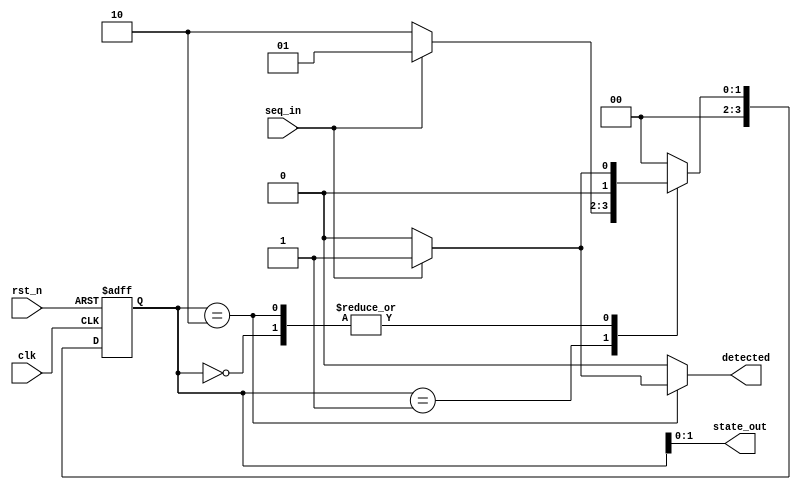
module seq_det_overlap(
        input clk,
		input rst_n,
		input seq_in,
		output reg detected,
		output [1:0] state_out // used for debug
        );
    
	// Declare the state values as parameters using binary values
	parameter [1:0] S1   = 2'd0,
	                S10  = 2'd1,
					S101 = 2'd2;
					
	// Declare the logic for the state machine
	reg [3:0] state;      // the sequential part
	reg [3:0] next_state; // the combinational part
		
	// Next state logic
	always @(*) begin
		detected = 1'b0;
	    case (state)
		    S1  : begin  // wait the first 1
			        if (seq_in == 1) next_state = S10;
					else             next_state = S1;
				end
		    S10 : begin  // wait next for a 0
                    if (seq_in == 0) next_state = S101;
			        else             next_state = S10;				
				end
		    S101: begin  // wait next for a 1
                    if (seq_in == 1) begin 
					    next_state = S10;
					    detected = 1'b1;
			        end else begin
						next_state = S1;
                    end						
				end
		    default: next_state = S1; // best practice
		endcase
	end
	
	// State sequencer logic
	always @(posedge clk or negedge rst_n) begin
	    if(!rst_n)
		    state <= S1;
	    else
		    state <= next_state;
	end
	
	assign state_out = state; // connect with output port	
endmodule